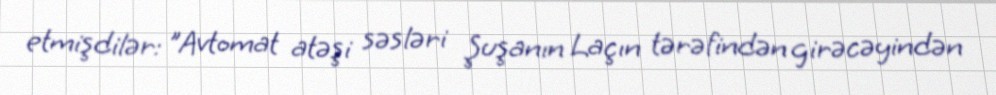
etmişdilər: "Avtomat atəşi səsləri Şuşanın Laçın tərəfindən girəcəyindən